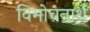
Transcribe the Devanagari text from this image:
विमोचनार्थ